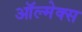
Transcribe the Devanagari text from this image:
ऑल्मेक्स